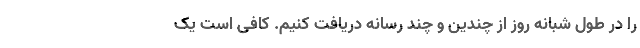
را در طول شبانه روز از چندین و چند رسانه دریافت کنیم. کافی است یک